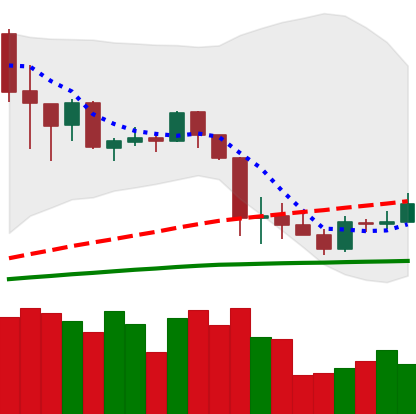
Ticker: ADA-USD
Chart end date: 2020-03-05
Forward return: -18.728%
Label: down_7plus